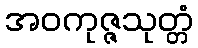
အဝကုဇ္ဇသုတ္တံ